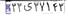
۳۳ی۳۷۱۴۳